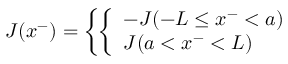
J ( x ^ { - } ) = \left\{ \left\{ \begin{array} { l l } { { - J ( - L \le x ^ { - } < a ) } } \\ { { J ( a < x ^ { - } < L ) } } \end{array} \right. \right.